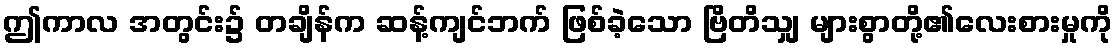
ဤကာလ အတွင်း၌ တချိန်က ဆန့်ကျင်ဘက် ဖြစ်ခဲ့သော ဗြိတိသျှ များစွာတို့၏လေးစားမှုကို